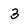
Character: 3